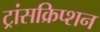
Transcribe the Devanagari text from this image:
ट्रांसक्रिप्‍शन